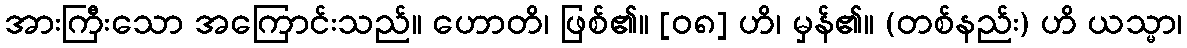
အားကြီးသော အကြောင်းသည်။ ဟောတိ၊ ဖြစ်၏။ [၀၈] ဟိ၊ မှန်၏။ (တစ်နည်း) ဟိ ယသ္မာ၊